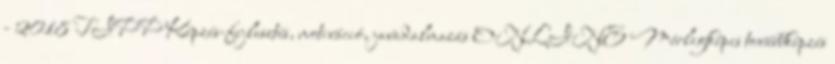
- 2018 TIPP Képzés-fejlesztés, motiváció, javadalmazás ONLINE Mérlegképes továbbképzés